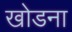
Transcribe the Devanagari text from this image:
खोडना